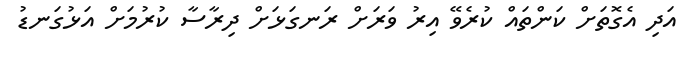
އަދި އެގޮތަށް ކަންތައް ކުރެވޭ އިރު ވަރަށް ރަނގަޅަށް ދިރާސާ ކުރުމަށް އަޅުގަނޑު